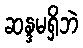
ဆန္ဒမရှိဘဲ